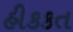
હીકકત